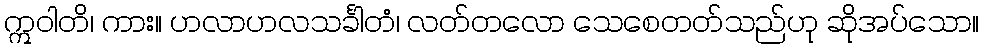
ဣဝါတိ၊ ကား။ ဟလာဟလသင်္ခါတံ၊ လတ်တလော သေစေတတ်သည်ဟု ဆိုအပ်သော။